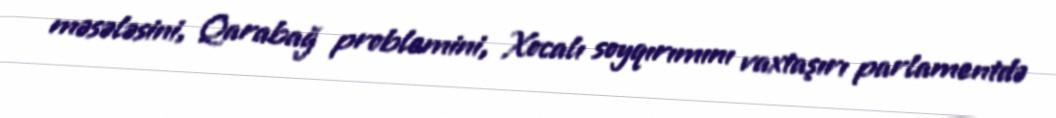
məsələsini, Qarabağ problemini, Xocalı soyqırımını vaxtaşırı parlamentdə